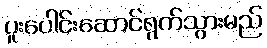
ပူးပေါင်းဆောင်ရွက်သွားမည်